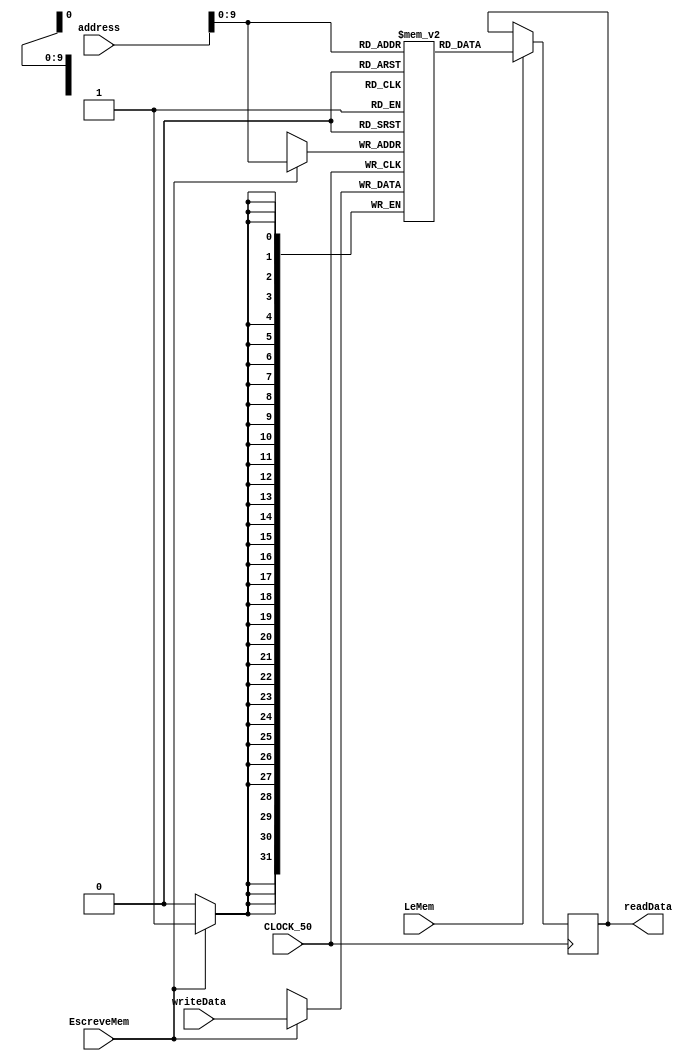
module DataMemory (
  input wire [31:0] address,
  input wire [31:0] writeData,
  input wire EscreveMem,
  input wire LeMem,
  input wire CLOCK_50,
  output reg [31:0] readData
);

  reg [31:0] mem[0:1023];

  //initial begin
    //$readmemh("data.mif", mem);
  //end

  always @(posedge CLOCK_50) begin
    if (LeMem) begin
      readData <= mem[address];
    end
    if (EscreveMem) begin
      mem[address] <= writeData;
    end
  end

endmodule